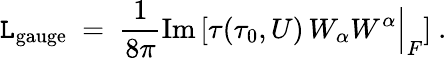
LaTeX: {\cal\mathtt{L}}_{\mathrm{{gauge}}}\ =\ {\frac{{1}}{{8\pi}}}\mathrm{{Im}}\left[\tau(\tau_{0},U)\, W_{\alpha}W^{\alpha}\Big|_{F}\right]\ .